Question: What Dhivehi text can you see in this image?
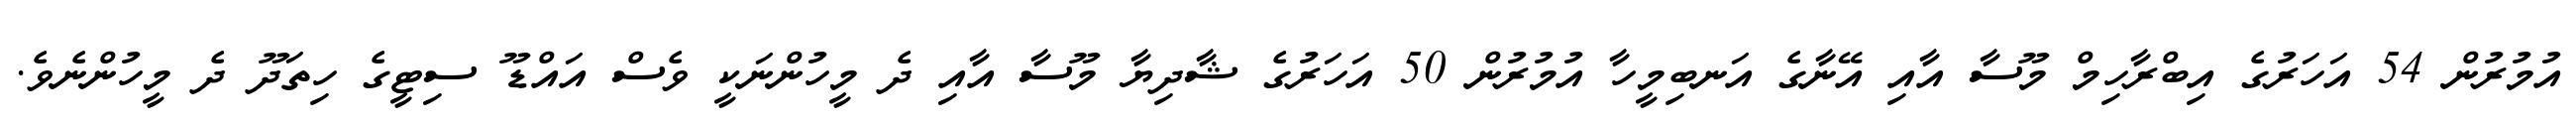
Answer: އުމުރުން 54 އަހަރުގެ އިބްރާހިމް މޫސާ އާއި އޭނާގެ އަނބިމީހާ އުމުރުން 50 އަހަރުގެ ޝާދިޔާ މޫސާ އާއި ދެ މީހުންނަކީ ވެސް އައްޑޫ ސިޓީގެ ހިތަދޫ ދެ މީހުންނެވެ.